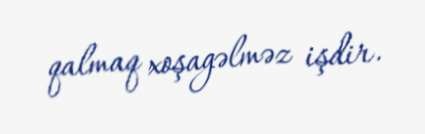
qalmaq xoşagəlməz işdir.